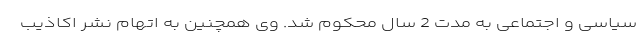
سیاسی و اجتماعی به مدت 2 سال محکوم شد. وی همچنین به اتهام نشر اکاذیب